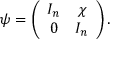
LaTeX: \psi = \left( \begin{array} { c c } { { I _ { n } } } & { { \chi } } \\ { { 0 } } & { { I _ { n } } } \end{array} \right) .